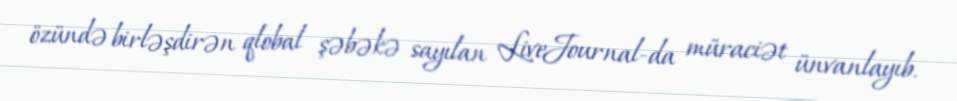
özündə birləşdirən qlobal şəbəkə sayılan LiveJournal-da müraciət ünvanlayıb.